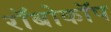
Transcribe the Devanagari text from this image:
राॅबोकाॅप